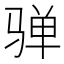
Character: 𱅛